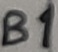
Text: B1